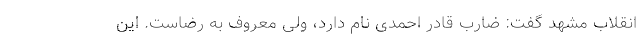
انقلاب مشهد گفت: ضارب قادر احمدی نام دارد، ولی معروف به رضاست. این